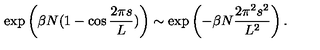
\exp \left( \beta N ( 1 - \cos { \frac { 2 \pi s } { L } } ) \right) \sim \exp \left( - \beta N { \frac { 2 \pi ^ { 2 } s ^ { 2 } } { L ^ { 2 } } } \right) .